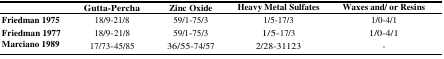
|  | Gutta-Percha | Zinc Oxide | Heavy Metal Sulfates | Waxes and/ or Resins |
 | --- | --- | --- | --- | --- |
 | Friedman 1975 | 18/9-21/8 | 59/1-75/3 | 1/5-17/3 | 1/0-4/1 |
 | Friedman 1977 | 18/9-21/8 | 59/1-75/3 | 1/5-17/3 | 1/0-4/1 |
 | Marciano 1989 | 17/73-45/85 | 36/55-74/57 | 2/28-31123 | - |